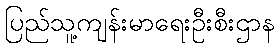
ပြည်သူ့ကျန်းမာရေးဦးစီးဌာန